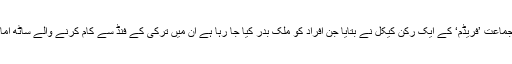
شدت پسند جماعت ’فریڈم‘ کے ایک رکن کیکل نے بتایا جن افراد کو ملک بدر کیا جا رہا ہے ان میں ترکی کے فنڈ سے کام کرنے والے ساٹھ امام شامل ہیں۔